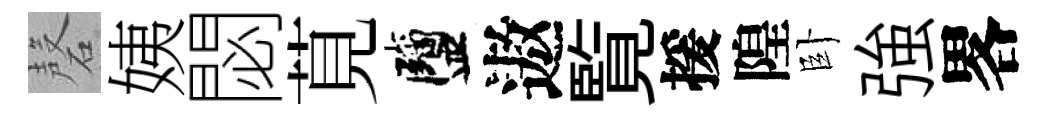
磬姨閟莧鹽遨覧援隍卧強畧